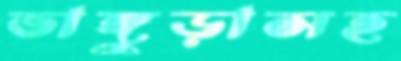
ভাঙ্গুড়াসহ